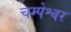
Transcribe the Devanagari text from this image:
चम्पेश्वर